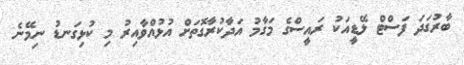
ބާރުގަދަ ފަސްޓް ލޭޑީއަކު ރައީސްގެ މަގާމު އަދާކުރާގޮތަށް އުޅުއްވާއިރު މި ކުޅިގަނޑު ނިމޭނެ